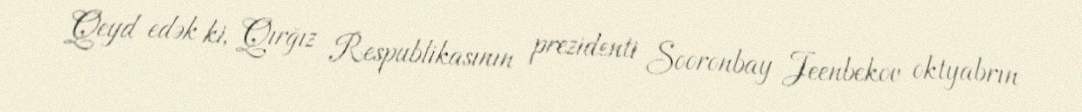
Qeyd edək ki, Qırğız Respublikasının prezidenti Sooronbay Jeenbekov oktyabrın